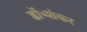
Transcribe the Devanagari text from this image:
डॉ॰शंकर